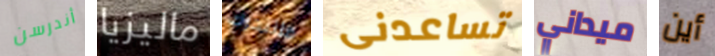
أندرسن ماليزيا فلنتحرك تساعدنى ميداني أين